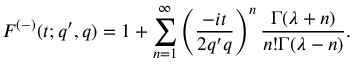
F ^ { ( - ) } ( t ; q ^ { \prime } , q ) = 1 + \sum _ { n = 1 } ^ { \infty } \left( \frac { - i t } { 2 q ^ { \prime } q } \right) ^ { n } \frac { \Gamma ( \lambda + n ) } { n ! \Gamma ( \lambda - n ) } .